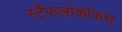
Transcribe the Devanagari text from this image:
स्टैफलोकॉकस